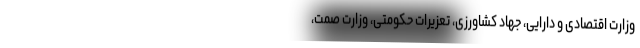
وزارت اقتصادی و دارایی، جهاد کشاورزی، تعزیرات حکومتی، وزارت صمت،